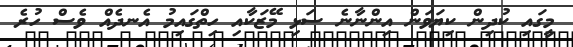
މީގައި ކުދިން ކިޔަވަން އިންނާނެ ސަޅި މޭޒަކާއި ހިތްގައިމު އެނދެއް ވެސް ހުރެ